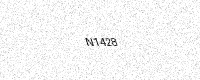
Text: N1428